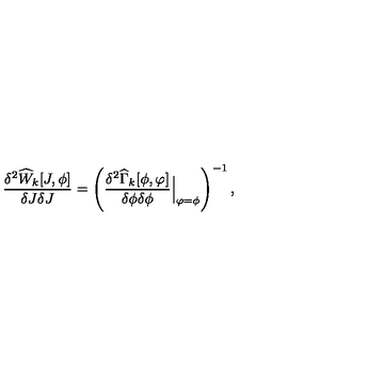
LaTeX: \frac { \delta ^ { 2 } \widehat { W } _ { k } [ J , \phi ] } { \delta J \delta J } = \left( \frac { \delta ^ { 2 } \widehat { \Gamma } _ { k } [ \phi , \varphi ] } { \delta \phi \delta \phi } { \Big | } _ { \varphi = \phi } \right) ^ { - 1 } ,